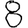
Digit: 8